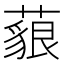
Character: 𦾜